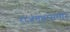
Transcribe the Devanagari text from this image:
राजगृहासमोर